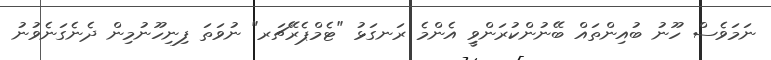
ނަމަވެސް ހޫނު ބުއިންތައް ބޭނުންކުރަންވީި އެންމެ ރަނގަޅު "ޓެމްޕެރޭޗަރ" ނުވަތަ ފިިނިހޫނުމިން ދެނެގަނެވުނު